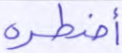
أضطره